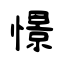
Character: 憬